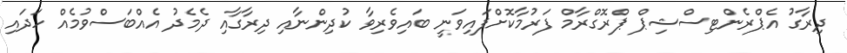
ދިރާގު އެޕްރެންޓިސްޝިޕް ޕްރޮގްރާމް ފަރުމާކޮށްފައިވަނީ ބައިވެރިވާ ކުދިންނާއި ދިރާގާއި ދެމެދު އެއްބަސްވުމެއް ހަދައި